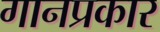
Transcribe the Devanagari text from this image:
गानप्रकार